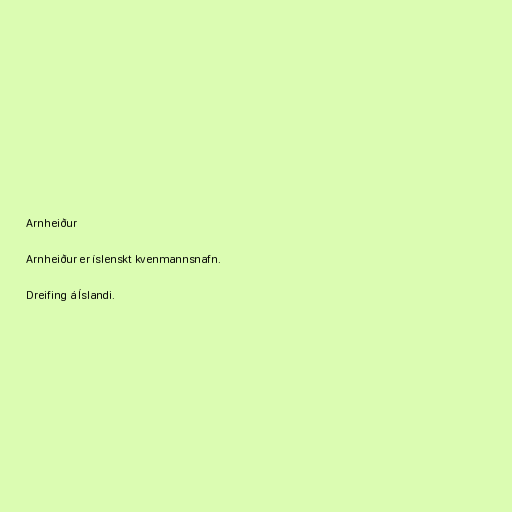
Arnheiður

Arnheiður er íslenskt kvenmannsnafn.

Dreifing á Íslandi.